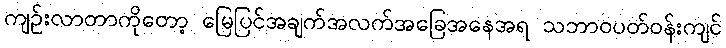
ကျဉ်းလာတာကိုတော့ မြေပြင်အချက်အလက်အခြေအနေအရ သဘာဝပတ်ဝန်းကျင်